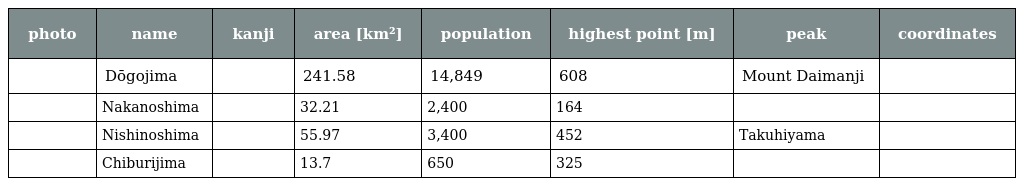
| photo | name | kanji | area [km²] | population | highest point [m] | peak | coordinates |
 | --- | --- | --- | --- | --- | --- | --- | --- |
 |  | Dōgojima | 島後島 | 241.58 | 14,849 | 608 | Mount Daimanji |  |
 |  | Nakanoshima | 中之島 | 32.21 | 2,400 | 164 |  |  |
 |  | Nishinoshima | 西ノ島 | 55.97 | 3,400 | 452 | Takuhiyama |  |
 |  | Chiburijima | 知夫里島 | 13.7 | 650 | 325 |  |  |